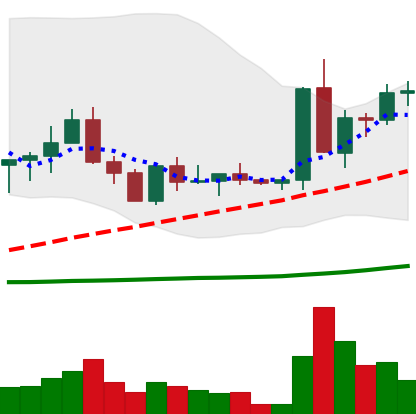
Ticker: ETC-USD
Chart end date: 2022-09-10
Forward return: -9.549%
Label: down_7plus